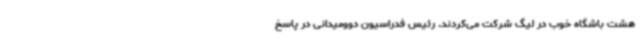
هشت باشگاه خوب در لیگ شرکت می‌کردند. رئیس فدراسیون دوومیدانی در پاسخ